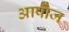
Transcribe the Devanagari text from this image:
आषोज